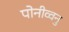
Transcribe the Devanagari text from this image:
पोनीव्वनु